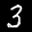
Label: 3